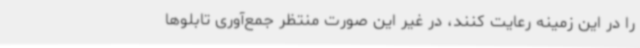
را در این زمینه رعایت کنند، در غیر این صورت منتظر جمع‌آوری تابلوها